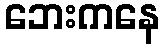
ဘေးကနေ